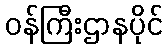
ဝန်ကြီးဌာနပိုင်